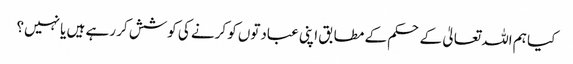
کیا ہم اللہ تعالیٰ کے حکم کے مطابق اپنی عبادتوں کو کرنے کی کوشش کر رہے ہیں یا نہیں؟